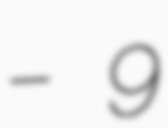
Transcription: – 9